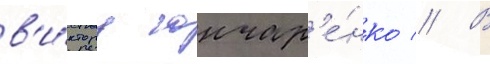
в'и́ктору гончар'е́нко // В